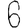
Digit: 6